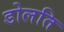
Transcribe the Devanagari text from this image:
डोलति